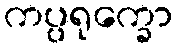
ကပ္ပရုက္ခော